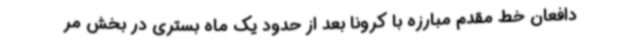
دافعان خط مقدم مبارزه با کرونا بعد از حدود یک ماه بستری در بخش مر